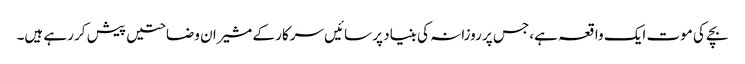
بچے کی موت ایک واقعہ ہے، جس پر روزانہ کی بنیاد پر سائیں سرکار کے مشیران وضاحتیں پیش کر رہے ہیں۔